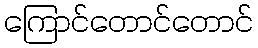
ကြောင်တောင်တောင်